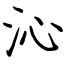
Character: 沁